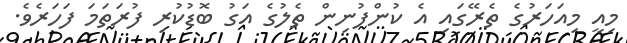
މިއީ މިއަހަރުގެ ތެރޭގައި އެ ކުންފުނިން ތެލުގެ އަގު ބޮޑުކުރި ފުރަތަމަ ފަހަރެވެ.